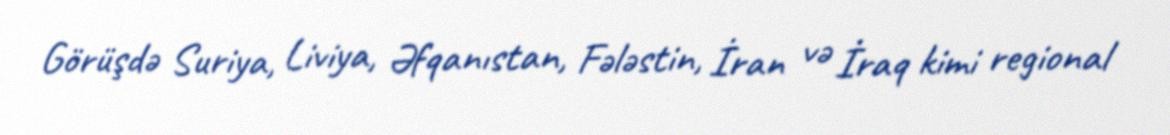
Görüşdə Suriya, Liviya, Əfqanıstan, Fələstin, İran və İraq kimi regional